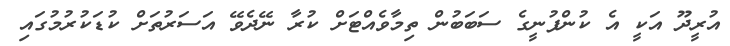
އުރީދޫ އަކީ އެ ކުންފުނީގެ ސަބަބުން ތިމާވެއްޓަށް ކުރާ ނޭދެވޭ އަސަރުތަށް ކުޑަކުރުމުގައި